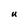
Character: U